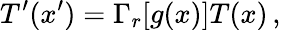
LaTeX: T^{\prime}(x^{\prime})=\Gamma_{r}[g(x)]T(x)\, ,